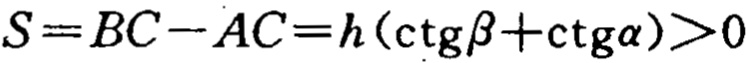
\(S = BC - AC = h(\ctg\beta+\ctg\alpha)>0\)